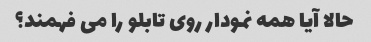
حالا آیا همه نمودار روی تابلو را می فهمند؟